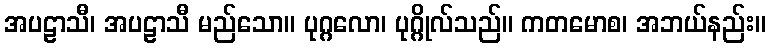
အပဠာသီ၊ အပဠာသီ မည်သော။ ပုဂ္ဂလော၊ ပုဂ္ဂိုလ်သည်။ ကတမောစ၊ အဘယ်နည်း။